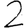
Digit: 2